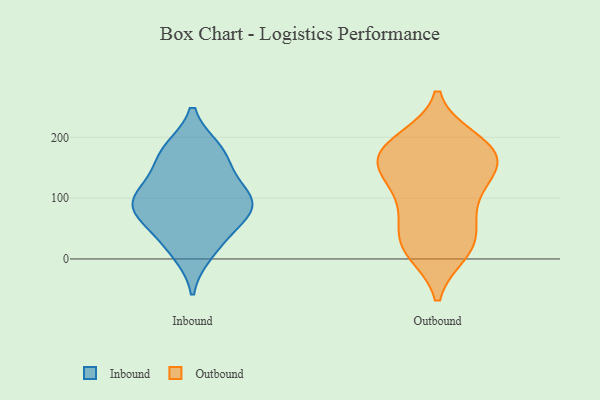
{"axis": {"x": "Bounce Rate (%)", "y": "Value"}, "legend": ["Inbound", "Outbound"], "data": [{"x": "", "y": 110, "type": "Inbound"}, {"x": "", "y": 105, "type": "Inbound"}, {"x": "", "y": 33, "type": "Inbound"}, {"x": "", "y": 177, "type": "Inbound"}, {"x": "", "y": 155, "type": "Inbound"}, {"x": "", "y": 83, "type": "Inbound"}, {"x": "", "y": 74, "type": "Inbound"}, {"x": "", "y": 72, "type": "Inbound"}, {"x": "", "y": 11, "type": "Inbound"}, {"x": "", "y": 179, "type": "Inbound"}, {"x": "", "y": 99, "type": "Inbound"}, {"x": "", "y": 59, "type": "Outbound"}, {"x": "", "y": 152, "type": "Outbound"}, {"x": "", "y": 196, "type": "Outbound"}, {"x": "", "y": 178, "type": "Outbound"}, {"x": "", "y": 151, "type": "Outbound"}, {"x": "", "y": 194, "type": "Outbound"}, {"x": "", "y": 16, "type": "Outbound"}, {"x": "", "y": 181, "type": "Outbound"}, {"x": "", "y": 16, "type": "Outbound"}, {"x": "", "y": 156, "type": "Outbound"}, {"x": "", "y": 176, "type": "Outbound"}, {"x": "", "y": 28, "type": "Outbound"}, {"x": "", "y": 122, "type": "Outbound"}, {"x": "", "y": 96, "type": "Outbound"}, {"x": "", "y": 104, "type": "Outbound"}, {"x": "", "y": 11, "type": "Outbound"}, {"x": "", "y": 59, "type": "Outbound"}, {"x": "", "y": 153, "type": "Outbound"}]}